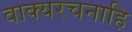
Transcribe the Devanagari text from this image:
वाक्यरचनाहि